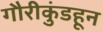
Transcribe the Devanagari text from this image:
गौरीकुंडहून